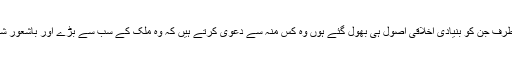
نظم و ضبط کی پابندی ایک طرف جن کو بنیادی اخلاقی اصول ہی بھول گئے ہوں وہ کس منہ سے دعوی کرتے ہیں کہ وہ ملک کے سب سے بڑے اور باشعور شہر کے تعلیم یافتہ شہری ہیں۔